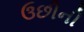
ઉછીની